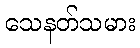
သေနတ်သမား